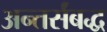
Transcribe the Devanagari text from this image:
अन्तर्संबद्ध